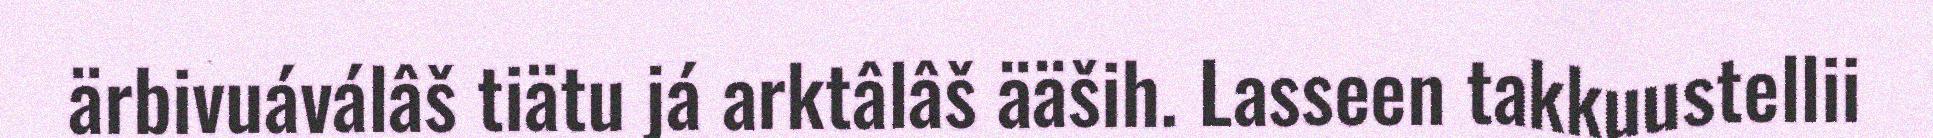
ärbivuáválâš tiätu já arktâlâš ääših. Lasseen takkuustellii